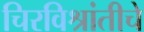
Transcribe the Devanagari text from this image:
चिरविश्रांतीचे